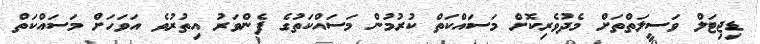
ޑިޖިޓަލް ވަސީލަތްތަށް މެދުވެރިކޮށް މަސައްކަތް ކުރުމުން މަސައްކަތުގެ ފެންވަރު އިތުރުވެ އަވަހަށް މަސައްކަތް